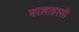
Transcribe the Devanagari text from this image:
बालाहस्ती